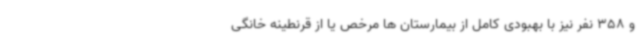
و 358 نفر نیز با بهبودی کامل از بیمارستان ها مرخص یا از قرنطینه خانگی